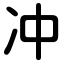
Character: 冲